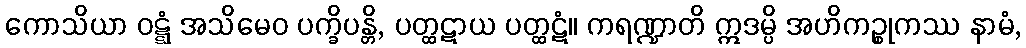
ကောသိယာ ဝဋ္ဋံ အသိမေဝ ပက္ခိပန္တိ, ပတ္ထဋာယ ပတ္ထဋံ။ ကရဏ္ဍာတိ ဣဒမ္ပိ အဟိကဉ္စုကဿ နာမံ,